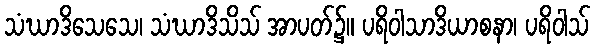
သံဃာဒိသေသေ၊ သံဃာဒိသိသ် အာပတ်၌။ ပရိဝါသာဒိယာစနာ၊ ပရိဝါသ်